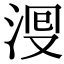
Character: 𣴬